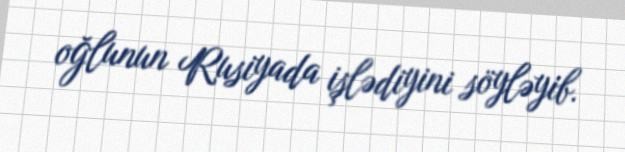
oğlunun Rusiyada işlədiyini söyləyib.